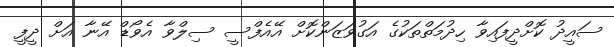
ސައީދު ކޮށްދީފައިވާ ހިދުމަތްތަކުގެ އަގުވަޒަންކޮށް އޭއެފްސީ ސިލްވާ އެވޯޑް އޭނާ އަށް ދީފީ